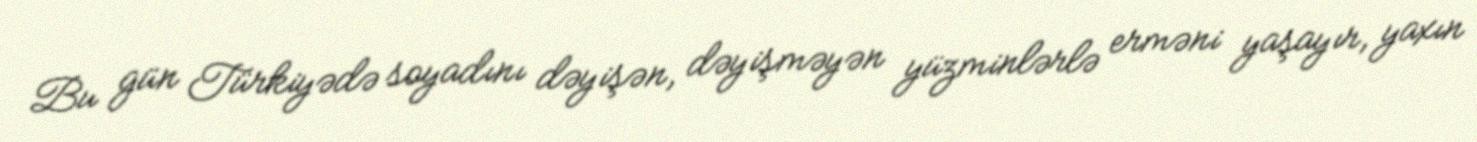
Bu gün Türkiyədə soyadını dəyişən, dəyişməyən yüzminlərlə erməni yaşayır, yaxın